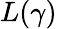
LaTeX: L(\gamma)